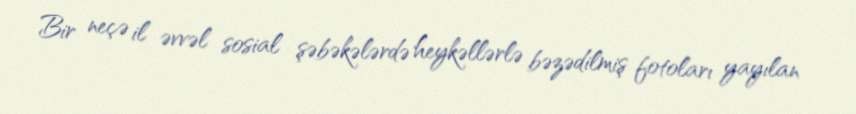
Bir neçə il əvvəl sosial şəbəkələrdə heykəllərlə bəzədilmiş fotoları yayılan